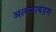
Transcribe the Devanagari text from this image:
अलन्वायड्स